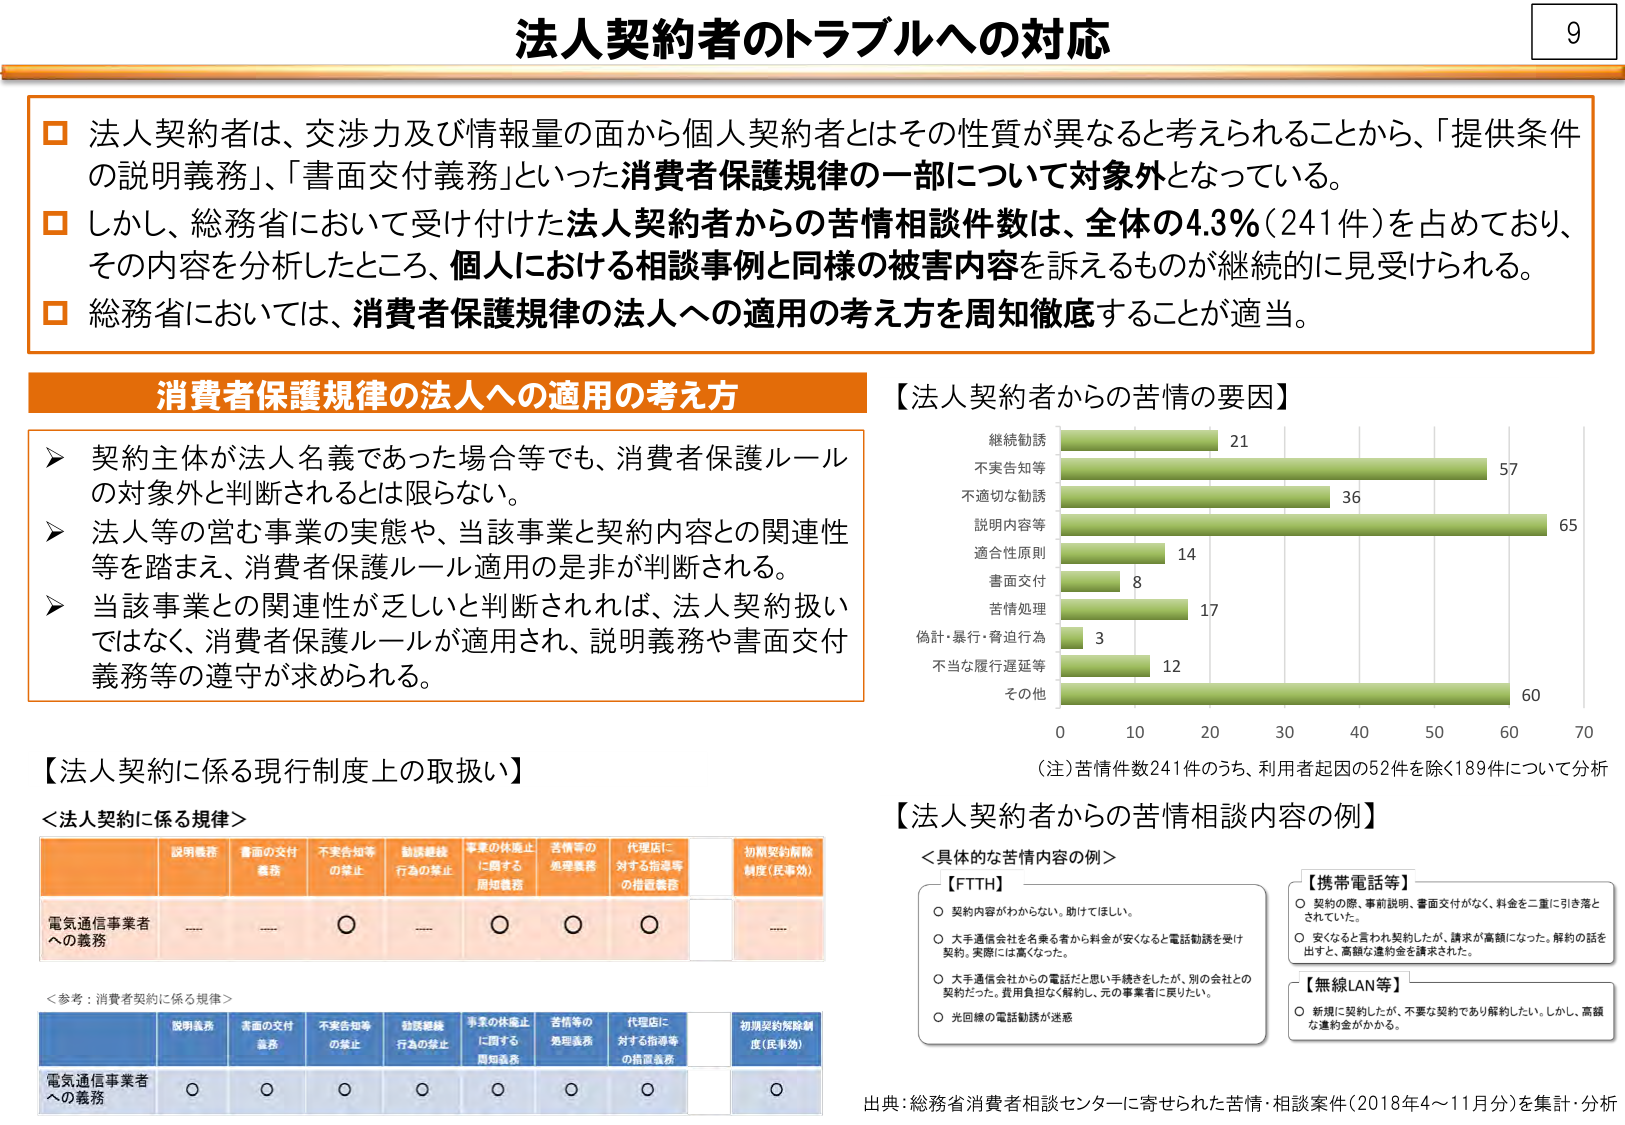
法人契約者のトラブルへの対応

□ 法人契約者は、交渉力及び情報量の面から個人契約者とはその性質が異なると考えられることから、「提供条件の説明義務」、「書面交付義務」といった消費者保護規律の一部について対象外となっている。

□ しかし、総務省において受け付けた法人契約者からの苦情相談件数は、全体の4.3％（241件）を占めており、その内容を分析したところ、個人における相談事例と同様の被害内容を訴えるものが継続的に見受けられる。

□ 総務省においては、消費者保護規律の法人への適用の考え方を周知徹底することが適当。

消費者保護規律の法人への適用の考え方

➢ 契約主体が法人名義であった場合等でも、消費者保護ルールの対象外と判断されるとは限らない。

➢ 法人等の営む事業の実態や、当該事業と契約内容との関連性等を踏まえ、消費者保護ルール適用の是非が判断される。

➢ 当該事業との関連性が乏しいと判断されれば、法人契約扱いではなく、消費者保護ルールが適用され、説明義務や書面交付義務等の遵守が求められる。

【法人契約に係る現行制度上の取扱い】

＜法人契約に係る規律＞

説明義務　書面の交付義務　不実告知等の禁止　勧誘継続行為の禁止　事業の休廃止に関する周知義務　苦情等の処理義務　代理店に対する指導等の措置義務　初期契約解除制度（民事的）

電気通信事業者への義務　----　----　○　----　○　○　○　----

＜参考：消費者契約に係る規律＞

説明義務　書面の交付義務　不実告知等の禁止　勧誘継続行為の禁止　事業の休廃止に関する周知義務　苦情等の処理義務　代理店に対する指導等の措置義務　初期契約解除制度（民事的）

電気通信事業者への義務　○　○　○　○　○　○　○　○

【法人契約者からの苦情の要因】

継続勧誘　21
不実告知等　57
不適切な勧誘　36
説明内容等　65
適合性原則　14
書面交付　8
苦情処理　17
偽計・暴行・脅迫行為　3
不当な履行遅延等　12
その他　60

（注）苦情件数241件のうち、利用者起因の52件を除く189件について分析

【法人契約者からの苦情相談内容の例】

＜具体的な苦情内容の例＞

【FTTH】
○ 契約内容がわからない、助けてほしい。
○ 大手通信会社を名乗る者から料金が安くなると電話勧誘を受け契約。実際には高くなった。
○ 大手通信会社からの電話だと思い手続きをしたが、別の会社との契約だった。費用負担なく解約し、元の事業者に戻りたい。
○ 光回線の電話勧誘が迷惑

【携帯電話等】
○ 契約の際、事前説明、書面交付がなく、料金を二重に引き落とされていた。
○ 安くなると言われ契約したが、請求が高額になった。解約の話を出すと、高額な違約金を請求された。

【無線LAN等】
○ 新規に契約したが、不要な契約であり解約したい。しかし、高額な違約金がかかる。

出典：総務省消費者相談センターに寄せられた苦情・相談案件（2018年4～11月分）を集計・分析

9